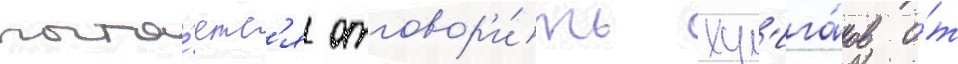
пыта́етс'я отговор'и́ть хул'ига́нов о́т